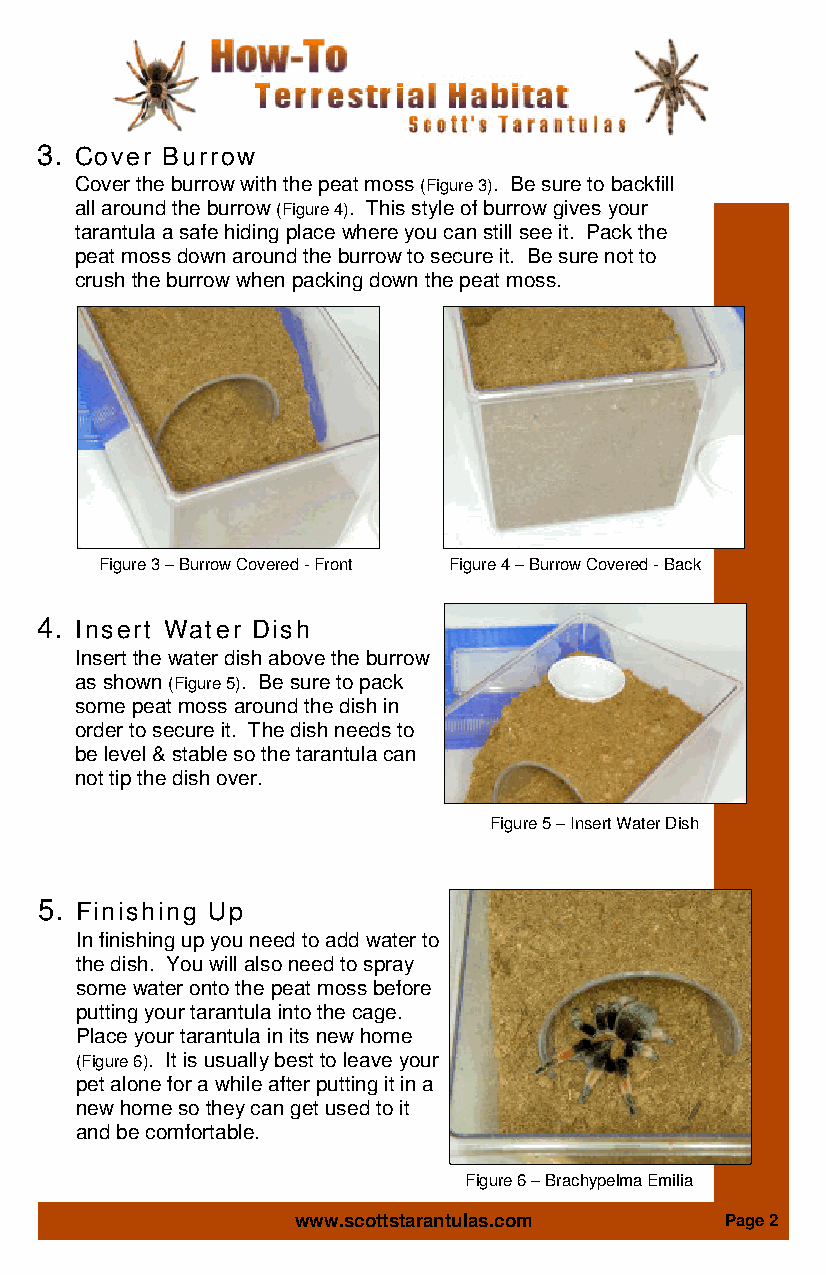
3. Cover Burrow
 Cover the burrow with the peat moss (Figure 3). Be sure to backfill
 all around the burrow (Figure 4). This style of burrow gives your
 tarantula a safe hiding place where you can still see it. Pack the
 peat moss down around the burrow to secure it. Be sure not to
 crush the burrow when packing down the peat moss.
 Figure 3 – Burrow Covered - Front Figure 4 – Burrow Covered - Back
 4. Insert Water Dish
 Insert the water dish above the burrow
 as shown (Figure 5). Be sure to pack
 some peat moss around the dish in
 order to secure it. The dish needs to
 be level & stable so the tarantula can
 not tip the dish over.
 Figure 5 – Insert Water Dish
 5. Finishing Up
 In finishing up you need to add water to
 the dish. You will also need to spray
 some water onto the peat moss before
 putting your tarantula into the cage.
 Place your tarantula in its new home
 (Figure 6). It is usually best to leave your
 pet alone for a while after putting it in a
 new home so they can get used to it
 and be comfortable.
 Figure 6 – Brachypelma Emilia
 www.scottstarantulas.com     Page 2